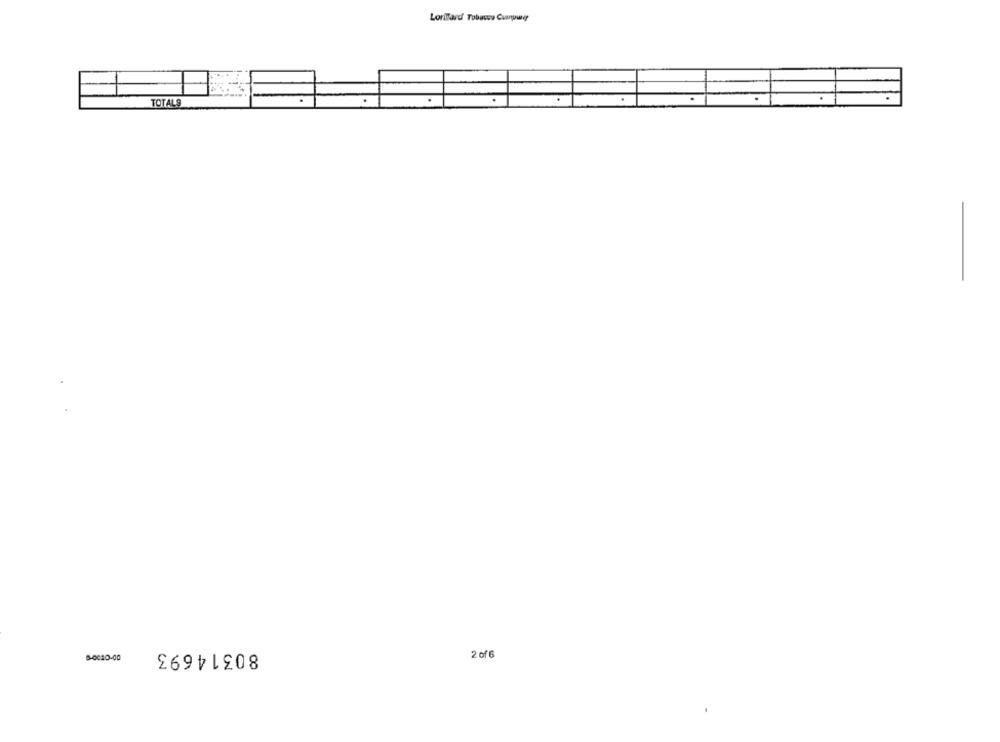
Lonitard Tobacco Cuanpwe
TOTALS
80314693
5-0020-00
2 of 6